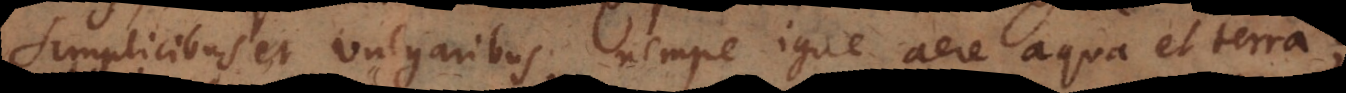
simplicibus et vulgaribus, nempe igne aëre aqua et terra;